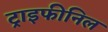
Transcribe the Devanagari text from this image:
ट्राइफीनिल